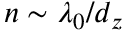
n \sim \lambda _ { 0 } / d _ { z }